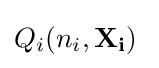
Q_{i}(n_{i},\mathbf {X_{i}} )\;